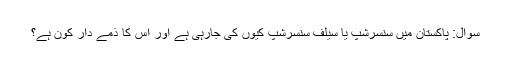
سوال: پاکستان میں سنسرشپ یا سیلف سنسرشپ کیوں کی جارہی ہے اور اس کا ذمے دار کون ہے؟